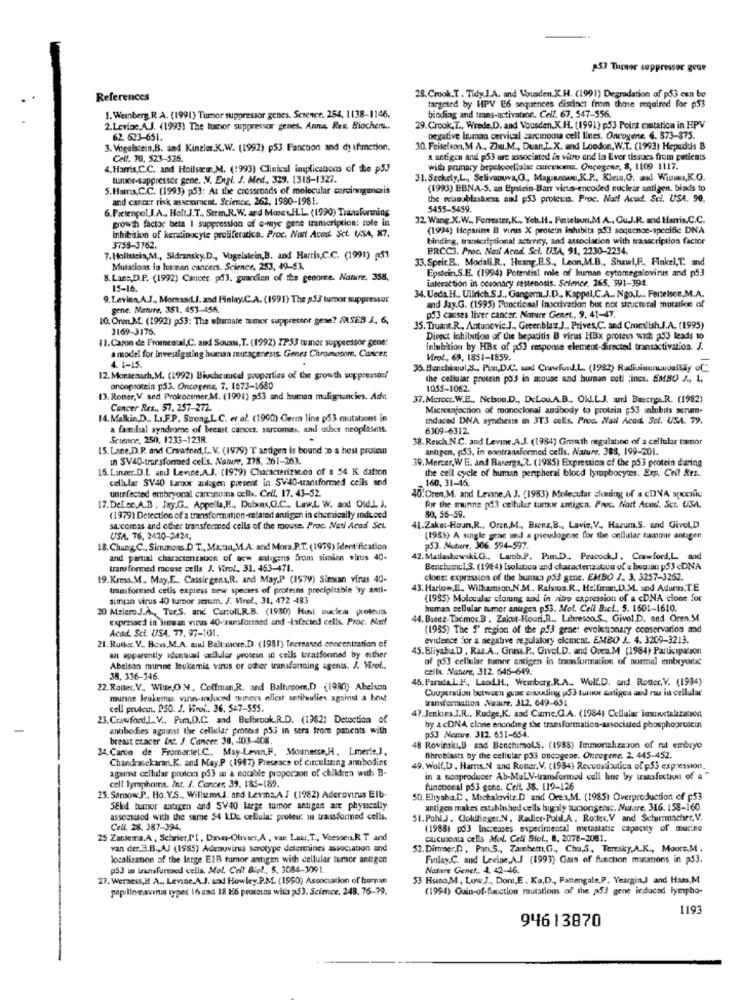
953 Tumor suppressor grue
References
28.Crook.T . Tidy.J.A. and Vousden.K.H. (1991) Degradation of p53 can be
targeted by HPV E6 sequences distinct from chose required for p53
1. Weinberg. R.A. (1991) Tumor suppressor genes. Science. 254. 1138-1146.
binding and trans-activation. Cell. 67. 547-556.
2.Levine.A.J. (1993) The tumor suppressor genes. Anni Rer. Biochem ..
29. Crook,T ., Wrede,D. and Vousden.K.H. (1991) p53 Point citation in HPV
62. 623-651.
negative luman cervical carcinoma cell lines. Oncogene. 6. 873-375.
3. Vogelstein,B. and Kinzles.K.W. (1992) p53 Fanction and dysfunction.
30. Feitelson, M A .,, Zhu.M ., Duan,L.X. and London, W.T. (1993) Hepaddis B
Cell. 70, 523-526.
x antigen and p53 are associated in vitro and in liver tissues from patients
4. Harris,C.C. and Hollstein,M. (1993) Clinical implicanons of the p5J
will primary bepelocellular cnrcywoens. Oncegens, 8, 1109 1117.
turoe-sappressor gene. N. Engl. J. Med .. 329. 1318-1327.
31.Szekely,L ., Selivanova,Q ., Magannous,K.P ., Klein,G. add Winw,K.O.
5. Hamna, C.C. (1993) p53: At the crossroads of molecular carcinngecais
(1993) EBNA-S. an Epstein-Barr virus-encoded nuclear antigen. blads to
and cancer risk assessment. Science, 262, 1980-1981.
the reunublaskuna and p53 proteins. Proc. Nat! Acud. Sci. USA. 90.
6.Pietenpol,I.A ., Holt.J.T ., Stem.R.W. ard MosesH.L. (1990) Transforming
5455-5459.
growth factor beta I suppression of o-mye gene transcription: role in
32 Wang X.W .. Forrester, K ., Yeh.H. Fatelaun.M. A ., Cu.J.R. mid Harris.C.C.
inhibition of keratinocyte proliferation. Proc. Nort Aced. Sct. USA, 87.
(19994) Hepatitis B virus X protein inhibits p53 soquenac-specific DNA
binding, transcriptional activity, and association with maascription factor
3758-3762.
PRCC3. Proc. Nad Acad Sci. USA, 91, 2230-2234.
7. Hollstein,M ., Sidransky, D ., Vogelstein,B. and Harris,C.C. (1991) [53
33.Speir.B ., Modali.R ., Huang.E.S ., Leon, M.B ., Shawl,R ., Flakel.T. and
Mutations lo hamnen cancers. Science, 253, 49-53.
Epstein,S.E. (1994) Potential role of human cytomegalovinis and p53
8. Lass,D.P. (1992) Cancer pff3. guardian of the genome. Nature. 358,
interaction in coronary cestenosis. Seience, 165, 391-394.
15-16
9. Levina, A.J ., Momasd.J. and Finlay.C.A. (1991) The p53 tumor suppressor
34. Ueda. H ., Ullrich.S.J ., Gangen.J.D ., Kappel,C.A .. Ngo.L .. Fertelsoe.M.A.
gene. Nature, 351, 453-456.
and Jay.G. (1995) Functional inactivation box not structural muratice of
10. Oren.M. (1992) p53: The ultimate tumor suppressor gene? FASEB J ., 6,
p53 cases liver cancer. Nature Genet ., 9. 41-47.
3169-3176.
35. Truant.R ., Antunovic.J ., Greenblas,J .. Prives,C. and Crom'ish.J.A. (1995)
11.Caron de Fromental, C. aod Sousu, T. (1992) 7P53 tumor suppressor gene:
Direct inhibition of the hepatitis B virus HBx protein wich p53 leads to
Inlubition by HBx of p53 response element-directed transactivation. J.
a model for investigating human mutagenesis. Genes Chromosom, Cancer,
Virol, 69, 1851-1859.
4. 1-15.
35. Banchi-nul,S ., Pum,D.C. ud Crowfund,L. (1982) RudiviaunLuoalsay of"
12. Mortenach,M. (1992) Biuchemical properties of the growth suppressor/
the cellular protein pos in mouse and hurman cell incs. EMBO J ., L,
oncoprotein p53. Oncogene. 7. 1673-1680
1055-1062.
13. Rotter,V. and Prokocimer,M. (1991) 253 and human malignancies. Asv.
37.Mcroct. W.E ., Nelson.D ., DeLou.A.B ., OKLLJ. and Baecrye.R. (1982)
Cancer Res ., 57. 257-272.
Micrcujoction of monoclonal andbody to protein ;53 inhibits serum-
14. Makkin,D .. L ., F.P. Strong.L.C. et al. (1990) Germ line p53 mutations in
Induced DNA synthesis m 3T3 cells. Proc. Nail Acad. Sel. USA, 79.
familial syndrome of breast cancer. sarcomas, and other neoplasents.
6309-6312.
Science, 250, 1233-1238.
38. Reich.N.C. and Levine.A.J. (1984) Gmuth regulation of a cellular camor
15. Lane.D.P. and Crawford, I. V. (1979) T antigen is bound :D a host protein
antigen, p53, in montransformed cells. Nature. 388, 199-201.
in SV40-trar sformed cel's. Nature, 278, 261-263.
39. Mercer, WE. and Raserga, 2. (1985) Expression of the p53 protein during
16. Langer.D.L. and Levine.A.J. (1979) Characterization of a 54 K dalton
cellular SY40 tumor anligen present in SV40-transformed cells and
160, 31-46.
the cell cycle of human peripheral blood lymphocytes. Erp. Cell Res ..
uninfected embryonal carcinoma cells. Cell. 17. 43-52.
40. Oren,M. and Levine,A J. (1983) Molecular cionang of a cDNA specific
17. DeLec.A.B , Jay.G ., Appella,E ., Dubis,C.C .. Law,L W. and Oid.L. J.
for the munne på3 cellular tumme antigen. Prot. Natt Acad. Set. USA.
(1979) Detection of a transformation-related antigen in chemically induced
80, 56-59.
sarcomas and other transformed cells of the mouse. Proc. Not Acad Sci.
41.2akus-Houn,R ., Oren,M ., Bienz,B ., Lavie, V, Harum.S. and Givel,D
USA. 76. 3420-2424.
(1983) A single gene und a pieudlogene for the cellular tamour antigen
18. Chung C ., Simmons.D T ., Masti, M.A. and Mors.P.T. (1979) Identification
p53. Nuture, 306. 594-997.
and partial charactenzauon of new antigens from siminn virus 40-
42. Matlashewski G ., Lamb.P. Pam.D. Peacock.J. Crawford,L, and
transformed mouse cells J. Virol, 31. 463-471.
Benctumcl.S. (1984) Isolation and characterization of e hug.an p53 cDNA
19. Kress.M. May,E ., Cassirgena,R. and May,P (1979) Simian viras 40-
clone: expression of the human på gene. EMBO J. 3. 3257-3262.
transformed cells express new species of proteins precipitable 'sy anti-
43. Harlow.E ., Willamson.N.M ., Ralswoa.R ., Helfman.D.M. sod Adurm.T.E
simun virus 40 tumor serum. S. Virel, 31, 472 483
(1995) Molucular clorung and in vitro expression of a <DNA clone Sor
20 Malero.J.A ., Tur.S. and CarzulL.R.B. (1930) Hust sucias proteuis
human cellular tumor snugen p53. Mot. Cell Bacl ., 5. 1601-1610.
expressed in simwan virus 40-ritsformed and -Infected cells. Proc. Narf
14. Bronz-Tadmor. B . Zakut-Houri.R ., Libresco.S ., Givel.D. and Oren.M.
Acad Sci. USA. 77. 97-101.
(1985) The 5' region of the p.53 gene: evolutionary conservation and
21. Rather. V ., Boxs.M.A. and Ball-more.D. (1981) Tecreased enncentration of
evidence for a negative regulatory element. EMBO J .. 4. 3209-3213.
45. BligabaD . Raz.A ., Gruss.P ., Givel.D. and Orea.M (1984) Participation
an apparently identical cellular protein in cells transformed by either
of p53 cellular tumee antigen in transformation of normal embryortc
Abelson murine leukemia virus or other transforming agents. J. Viirel ..
cella. Vanere, 312. 646-649.
38, 336-346.
46. Parada.L.F ., LaodH ., Wennberg.R.A ., Wolf.D. and Roster.V. (1984)
22. Roder, V ., Witte,ON, Coffman,R. and Balturnome,D (1980) Abelson
Cooperation between guase encuding u53 tumor antigen and ru in cellular
murine leukemu, virus-induced tumors aliest antihundies against a bort
transformation Nasure. 312. 649-651
cell prutesn. P50. J. Firoi .. 36. 547-555.
47 Jenkins.J.R ., Rudge,K. and Cume.G.A. (1984) Cellular iaxuustalzation
23. Crawford.L.V ., Pum.D.C. and Bulbrook,R.D. (1982: Detection of
antibodies against the cellular protess p55 in sera from patients with
by a cDNA claine encoding the transformation-associated phosphoprotein
breast cracer int. J Cancer. 30, 403-408.
PS3 Nemure, 312. 651-654.
24. Carca de Fromertel.C ., May-Levin,F. Mounesse,H. Lmerie,),
48 Rovinski,B and Benchimol.S. (1988) Immortalizazon of rut embryo
Chandrasekaran.K. and May.P (1987) Presence of circulating antibodies
fibroblasts by the cellular p33 oncogene. Oncogene. 2. 445-452.
agpaint cellular protcan p53 sn & notable proporson of children with B-
49. Wolf,D . Hamns.N and Romer.V. (1934) Recusabutica of p53 expression.
in a sooproducer Ab-MaLV-transformed call los by transfection of a "
cell lymphoma. Int. J. Cancer, 39. 185-189.
functional p53 gone. Cell. 38. 119-126
25. Samow.P ., Ho. V.S ., Willums.J. and Levma,AS (1982) Aderovirus Elb.
50. Eltyaba.C . Michalovitz.D and Orea.M. (1985) Overproduction of p53
SEkd tumor antigen and SV40 large tumor antigen are physically
antigen makes established cells highly turaorigensc. Notare. 316. 158-160.
assomitod with the same 54 kDe cellula: protew: au transformed cells.
51.PohlJ. Coldfinger,N . Radler-Polil.A. Roites, V and Schirrmacher.V.
Cell. 28. 387-394.
(1988) p53 Increases experimental metastatic capacity of murine
25 Zantema,A , Schrier,PI, Daves-Olivier,A , van Laer,T ., Vaessen.R. T and
Clicusoata cells Mol. Cell Biol ., 8, 2078-2061.
van der.3.B ., AJ (1985) Adenovirus serotype determines association and
52. Dirtraer,D , Pan,5 ., Zambett,G ., Cha.S ., Teresky,A.K ., Mowe.M.
localization of the letge EIB tumor antigen with cellular tumor antigen
Finlay.C. and Levine,A.J (1993) Gars of function mutations in p53.
ps3 in transfurred cells. Mol. Cell Biol ., 5. 3084-309 1.
Nature Genet .. 4. 42-46.
27. Werness,H A ., Levine.A.J. und Howley.P.M. (1990) Association of human
53 Hsano,M, Low J ., Dom.E. Ku,D ., Fattengale,P. Yeargin,J and Haas,M
papillomavirus types 16 aad 18 26 proteins wita p53. Science, 248, 76-79.
(1994) Gain-of-function mutations of the p53 gene induced lympho-
1193
94613870